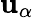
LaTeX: \mathbf{u}_{\alpha}